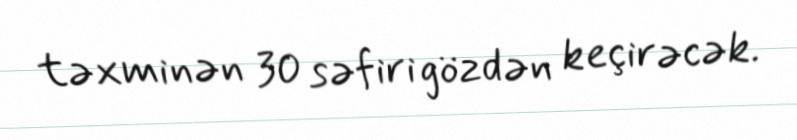
təxminən 30 səfiri gözdən keçirəcək.